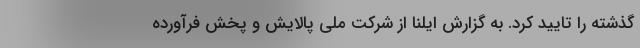
گذشته را تایید کرد. به گزارش ایلنا از شرکت ملی پالایش و پخش فرآورده